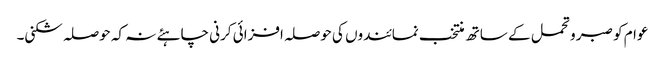
عوام کو صبر و تحمل کے ساتھ منتخب نمائندوں کی حوصلہ افزائی کرنی چاہئے نہ کہ حوصلہ شکنی۔